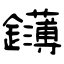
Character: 鑮